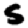
Digit: 5